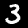
Digit: 3